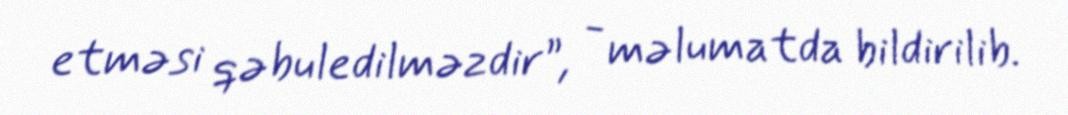
etməsi qəbuledilməzdir”, - məlumatda bildirilib.